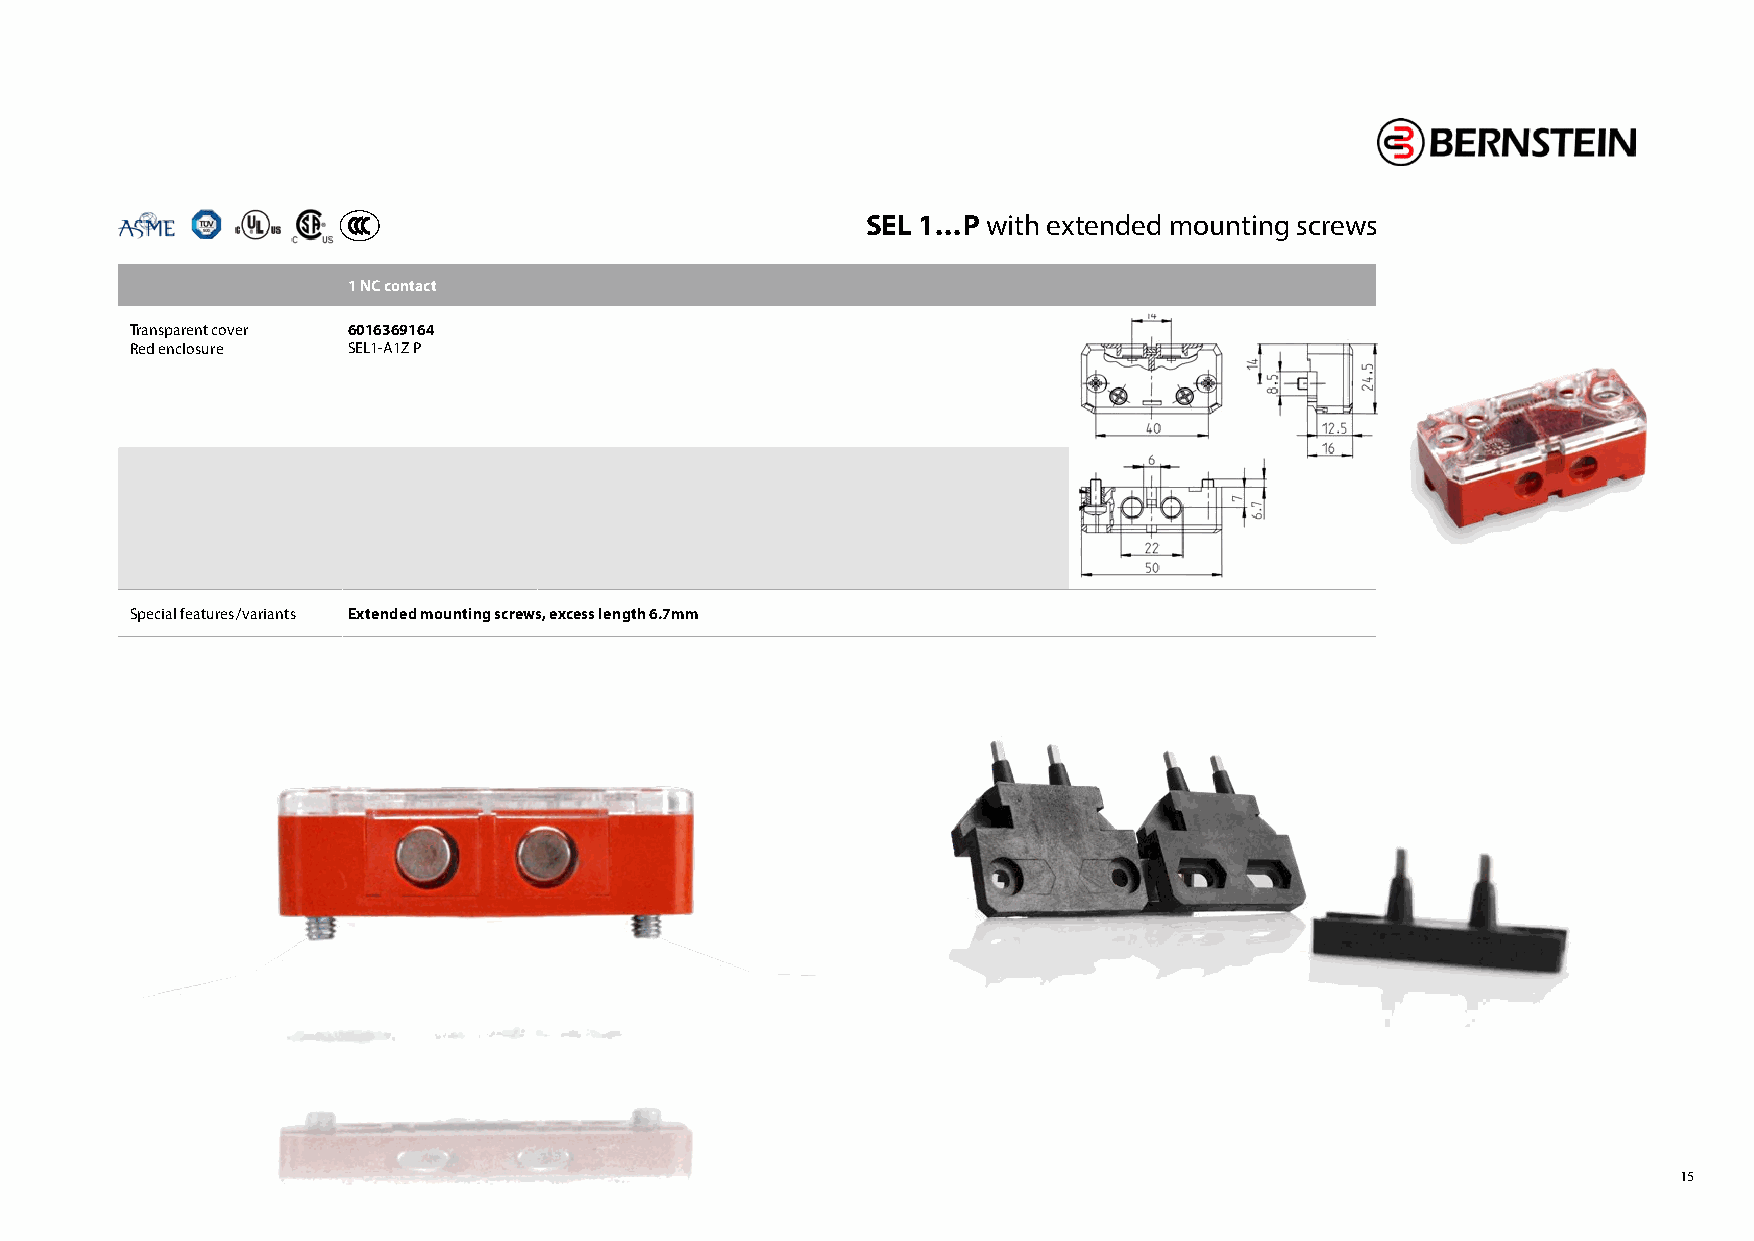
SEL 1...P with extended mounting screws
 1 NC contact
 Transparent cover 6016369164
 Red enclosure SEL1-A1Z P
 Special features/ variants Extended mounting screws, excess length 6.7mm
 15